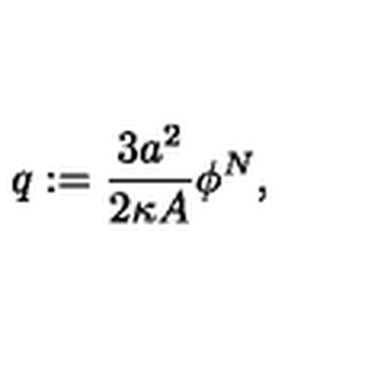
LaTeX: q : = \frac { 3 a ^ { 2 } } { 2 \kappa A } \phi ^ { N } ,